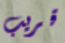
قريب